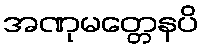
အဏုမတ္တေနပိ